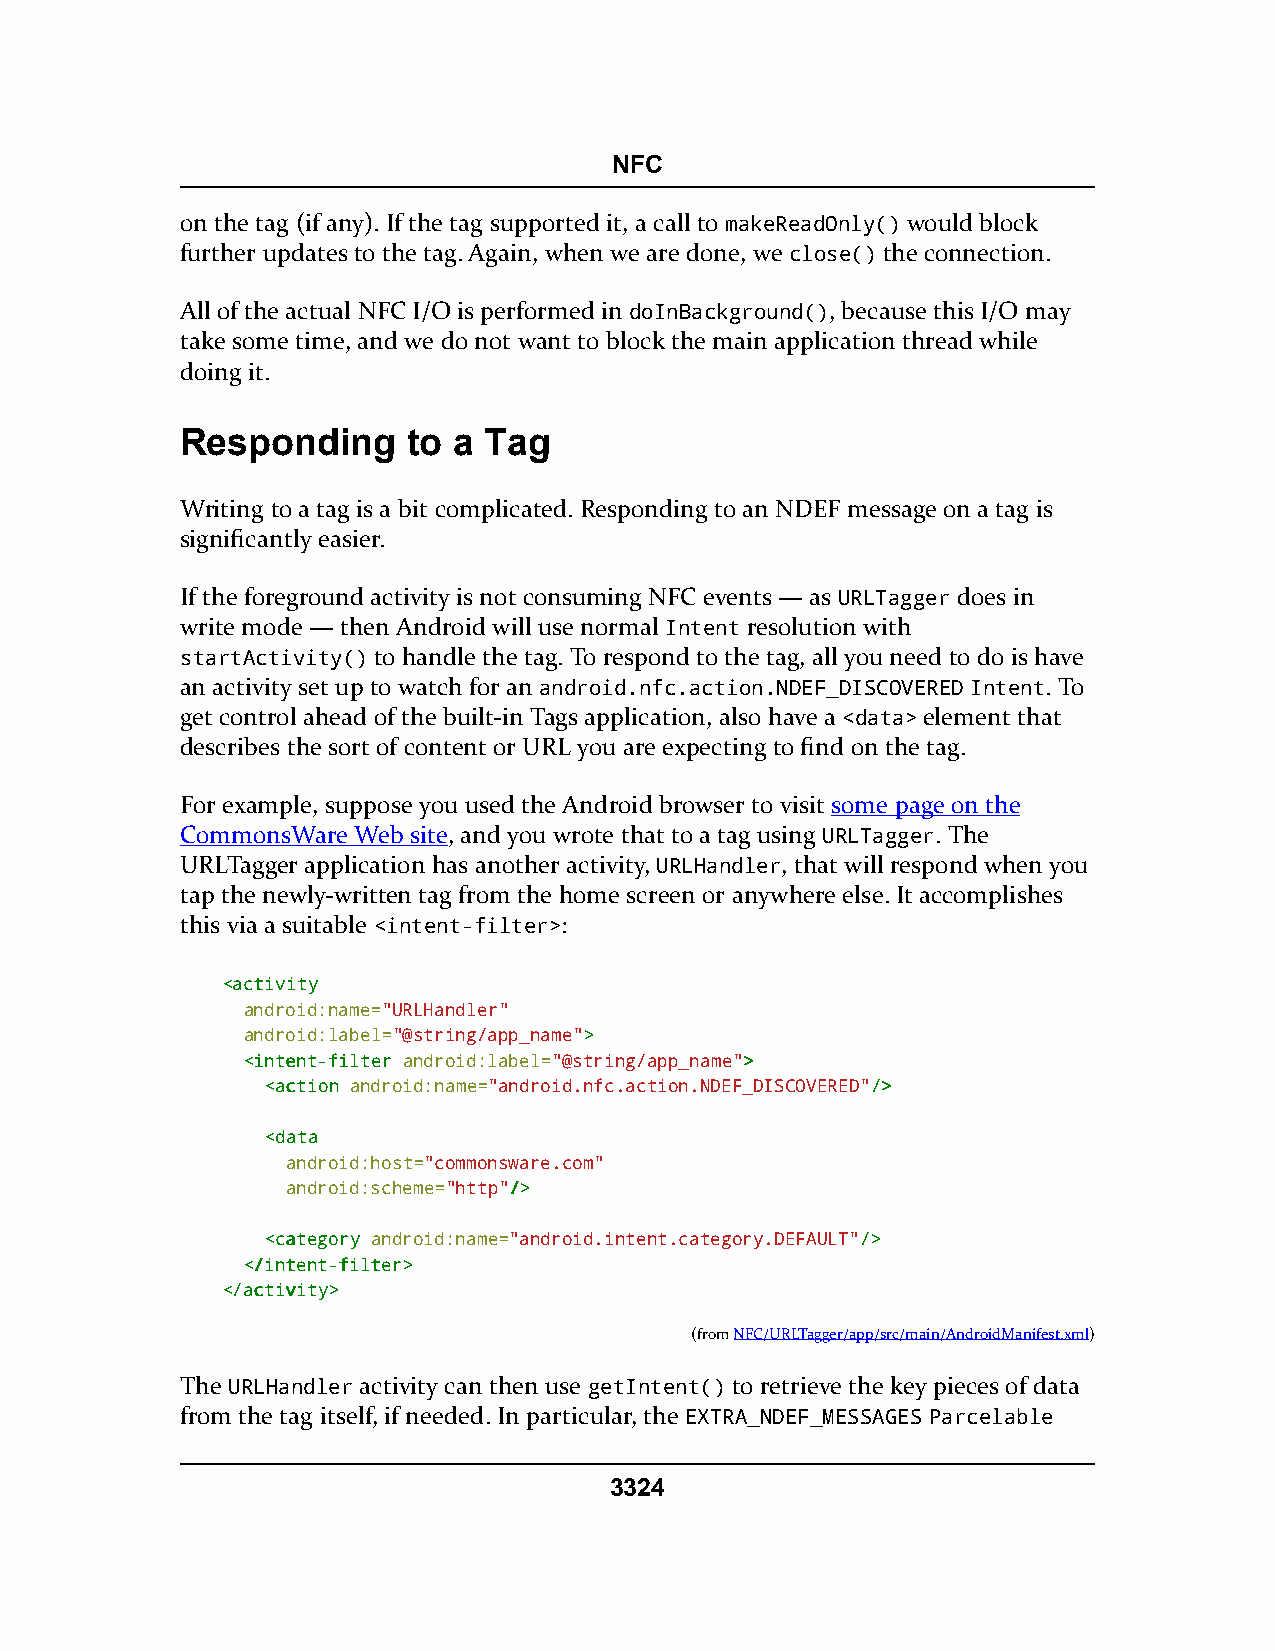
NFC
 on the tag (if any). If the tag supported it, a call to makeReadOnly() would block
 further updates to the tag. Again, when we are done, we close() the connection.
 All of the actual NFC I/O is performed in doInBackground(), because this I/O may
 take some time, and we do not want to block the main application thread while
 doing it.
 Responding     to a Tag
 Writing to a tag is a bit complicated. Responding to an NDEF message on a tag is
 significantly easier.
 If the foreground activity is not consuming NFC events — as URLTagger does in
 write mode — then Android will use normal Intent resolution with
 startActivity() to handle the tag. To respond to the tag, all you need to do is have
 an activity set up to watch for an android.nfc.action.NDEF_DISCOVERED Intent. To
 get control ahead of the built-in Tags application, also have a <data> element that
 describes the sort of content or URL you are expecting to find on the tag.
 For example, suppose you used the Android browser to visit some page on the
 CommonsWare Web site, and you wrote that to a tag using URLTagger. The
 URLTagger application has another activity, URLHandler, that will respond when you
 tap the newly-written tag from the home screen or anywhere else. It accomplishes
 this via a suitable <intent-filter>:
 <<aaccttiivviittyy
 android:name="URLHandler"
 android:label="@string/app_name">>
 <<iinntteenntt--ffiilltteerr android:label="@string/app_name">>
 <<aaccttiioonn android:name="android.nfc.action.NDEF_DISCOVERED"//>>
 <<ddaattaa
 android:host="commonsware.com"
 android:scheme="http"//>>
 <<ccaatteeggoorryy android:name="android.intent.category.DEFAULT"//>>
 <<//iinntteenntt--ffiilltteerr>>
 <<//aaccttiivviittyy>>
 (fromNFC/URLTagger/app/src/main/AndroidManifest.xml)
 The URLHandler activity can then use getIntent() to retrieve the key pieces of data
 from the tag itself, if needed. In particular, the EXTRA_NDEF_MESSAGES Parcelable
 3324